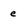
Character: e